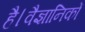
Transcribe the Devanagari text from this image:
है।वैज्ञानिकों